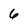
Character: 6